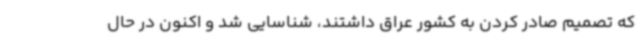
که تصمیم صادر کردن به کشور عراق داشتند، شناسایی شد و اکنون در حال